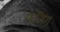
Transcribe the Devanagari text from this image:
फजिंग